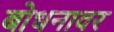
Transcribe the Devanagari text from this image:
बोधनावर